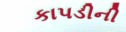
કાપડીની